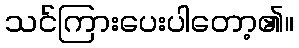
သင်ကြားပေးပါတော့၏။